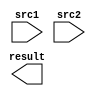
module MUL17_S (
  input      [16:0]   src1,
  input      [16:0]   src2,
  output     [33:0]   result
);
endmodule